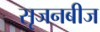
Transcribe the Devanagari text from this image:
सृजनबीज